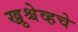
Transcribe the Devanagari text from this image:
ख्रुश्चेव्हचे